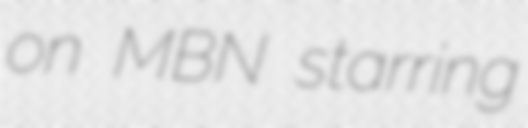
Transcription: on MBN starring